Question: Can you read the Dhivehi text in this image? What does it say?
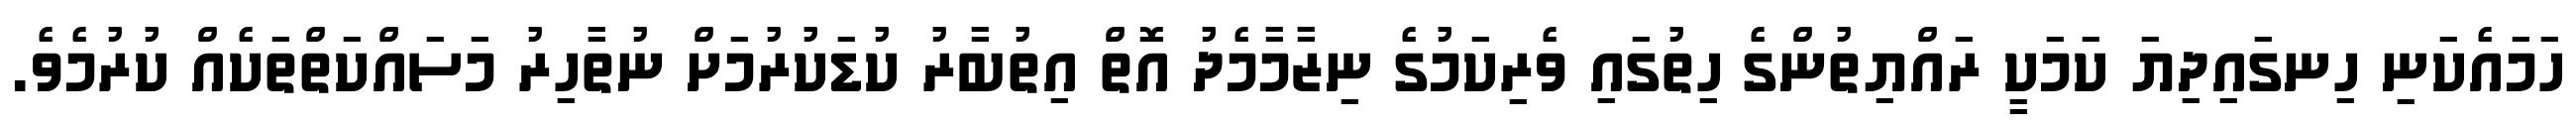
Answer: ހަމައެކަނި ހިނގައިދިޔަ ކަމަކީ ރައްޔިތުންގެ ހިތުގައި ވެރިކަމުގެ ނިޒާމާމެދު އޮތް އިތުބާރު ކުޑަކުރުމަށް ނުތާހިރު މަސައްކަތްތަކެއް ކުރުމެވެ.